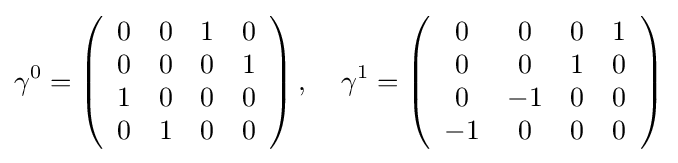
\gamma ^{0}=\left({\begin{array}{cccc}0&0&1&0\\0&0&0&1\\1&0&0&0\\0&1&0&0\end{array}}\right),\;\;\;\;\gamma ^{1}=\left({\begin{array}{cccc}0&0&0&1\\0&0&1&0\\0&-1&0&0\\-1&0&0&0\end{array}}\right)